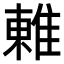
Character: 𨿢